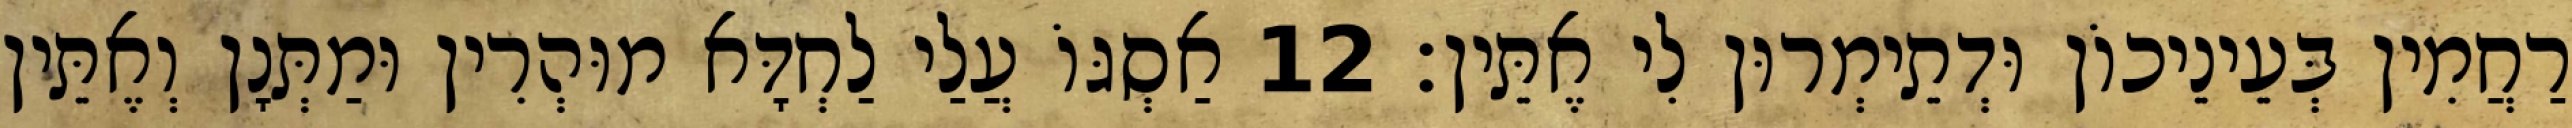
רַחֲמִין בְּעֵינֵיכוֹן וּדְתֵימְרוּן לִי אֶתֵּין׃ 12 אַסְגּוֹ עֲלַי לַחְדָּא מוּהְרִין וּמַתְּנָן וְאֶתֵּין